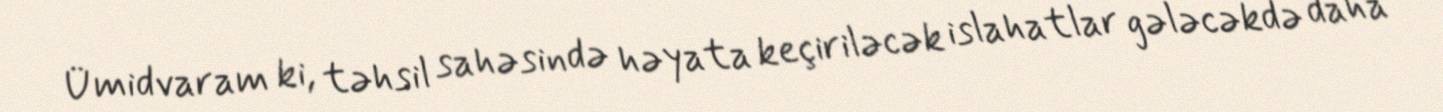
Ümidvaram ki, təhsil sahəsində həyata keçiriləcək islahatlar gələcəkdə daha